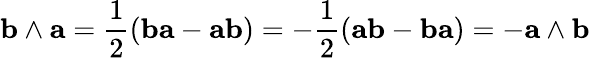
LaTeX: \mathbf{b}\wedge\mathbf{a}={\frac{1}{2}}(\mathbf{ba}-\mathbf{ab})=-{\frac{1}{2}}(\mathbf{ab}-\mathbf{ba})=-\mathbf{a}\wedge\mathbf{b}